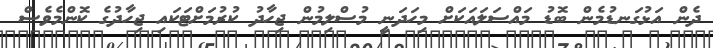
ދެން އަޅުގަނޑުމެން ބޮޑު މައްސަލައަކަށް މިހަދަނީ މުސްލިމުން ޖިހާދު ކުރުމަށްޓަކައި ޖިހާދުގެ ކޮންމެވެސް